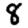
Digit: 8